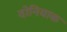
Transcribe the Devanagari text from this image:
दोनियाक